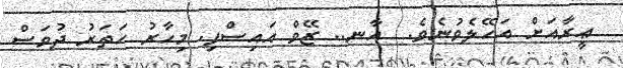
ޢީރާއަށް އަހޭލެވުނެވެ.  އާނ.. ޒޭވް އައިސްފި. މިހާރު ހަތަރު ދުވަސް